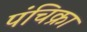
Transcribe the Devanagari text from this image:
पंचिक्रा